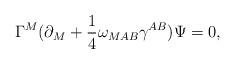
LaTeX: \begin{align*}\Gamma^M(\partial_M+{1\over 4}\omega_{MAB}\gamma^{AB})\Psi=0,\end{align*}